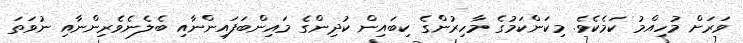
ވަރަށް މުހިއްމު ކަމެކެވެ. މިކަންކަމުގެ މާހިރުންގެ ކިބައިން ކުދިންގެ މައިންބަފައިންނާއި ބެލެނެވެރިންނާއި ނުވަތަ